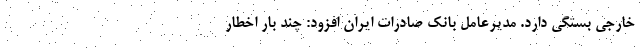
خارجی بستگی دارد. مدیرعامل بانک صادرات ایران افزود: چند بار اخطار